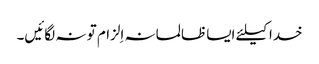
خدا کیلئے ایسا ظالمانہ اِلزام تو نہ لگائیں۔